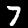
Label: 7